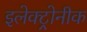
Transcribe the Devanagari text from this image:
इलेक्ट्रोनीक